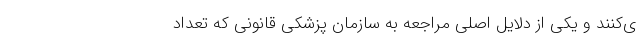
ی‌کنند و یکی از دلایل اصلی مراجعه به سازمان پزشکی قانونی که تعداد